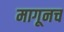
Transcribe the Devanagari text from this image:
मागूनच